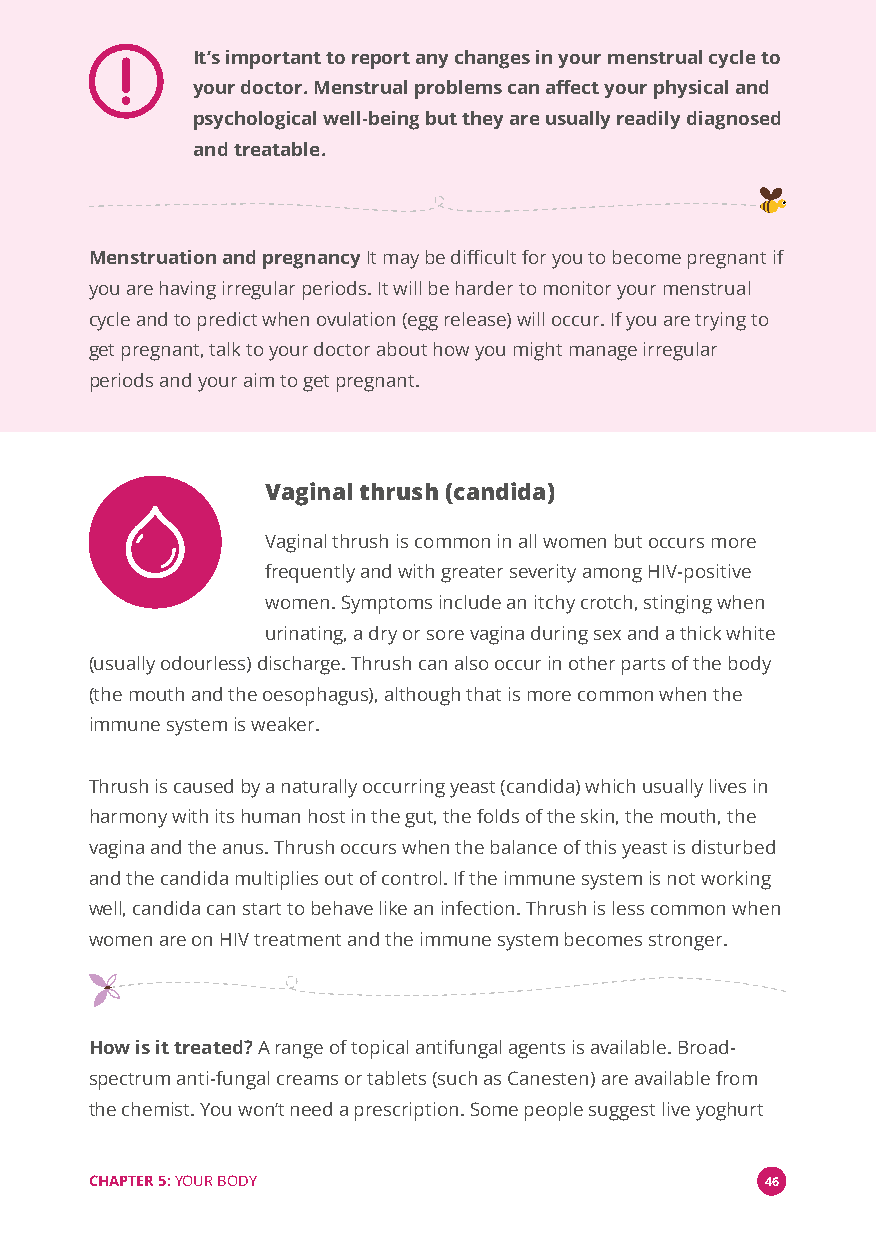
It’s important to report any changes in your menstrual cycle to
 your doctor. Menstrual problems can affect your physical and
 psychological well-being but they are usually readily diagnosed
 and treatable.
 Menstruation and pregnancyIt may be difficult for you to become pregnant if
 you are having irregular periods. It will be harder to monitor your menstrual
 cycle and to predict when ovulation (egg release) will occur. If you are trying to
 get pregnant, talk to your doctor about how you might manage irregular
 periods and your aim to get pregnant.
 Vaginal thrush (candida)
 Vaginal thrush is common in all women but occurs more
 frequently and with greater severity among HIV-positive
 women. Symptoms include an itchy crotch, stinging when
 urinating, a dry or sore vagina during sex and a thick white
 (usually odourless) discharge. Thrush can also occur in other parts of the body
 (the mouth and the oesophagus), although that is more common when the
 immune system is weaker.
 Thrush is caused by a naturally occurring yeast (candida) which usually lives in
 harmony with its human host in the gut, the folds of the skin, the mouth, the
 vagina and the anus. Thrush occurs when the balance of this yeast is disturbed
 and the candida multiplies out of control. If the immune system is not working
 well, candida can start to behave like an infection. Thrush is less common when
 women are on HIV treatment and the immune system becomes stronger.
 How is it treated?A range of topical antifungal agents is available. Broad-
 spectrum anti-fungal creams or tablets (such as Canesten) are available from
 the chemist. You won’t need a prescription. Some people suggest live yoghurt
 CHAPTER 5:YOUR BODY                          46